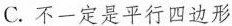
C.不一定是平行四边形